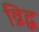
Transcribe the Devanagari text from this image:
व्रिद्ध